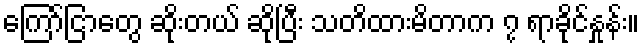
ကြော်ငြာတွေ ဆိုးတယ် ဆိုပြီး သတိထားမိတာက ၇ ရာခိုင်နှုန်း။